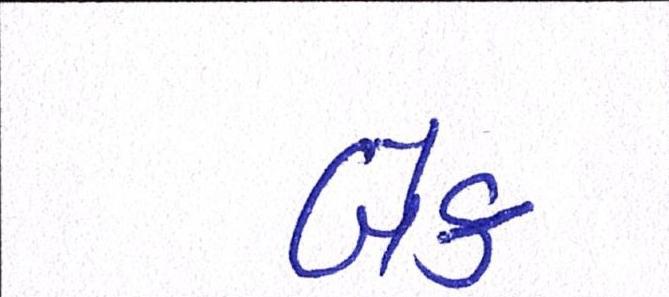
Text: બેક